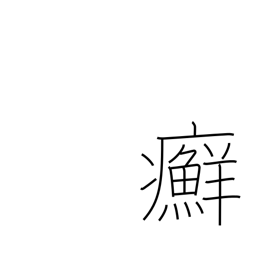
Meaning: ringworm